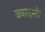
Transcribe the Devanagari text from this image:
जबरदस्‍ती